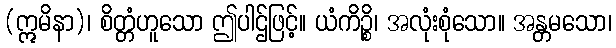
(ဣမိနာ)၊ စိတ္တံဟူသော ဤပါဌ်ဖြင့်။ ယံကိဉ္စိ၊ အလုံးစုံသော။ အန္တမသော၊